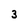
Character: 3